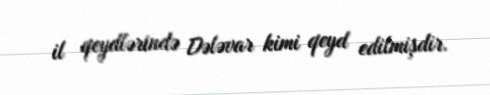
il qeydlərində Dələvar kimi qeyd edilmişdir.